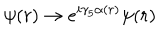
\psi ( r ) \to e ^ { i \gamma _ { 5 } \alpha ( r ) } \psi ( r )